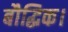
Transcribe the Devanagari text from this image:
बौद्धिक।